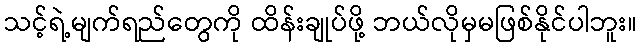
သင့်ရဲ့မျက်ရည်တွေကို ထိန်းချုပ်ဖို့ ဘယ်လိုမှမဖြစ်နိုင်ပါဘူး။